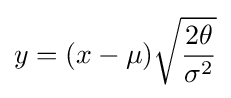
y=(x-\mu ){\sqrt {\frac {2\theta }{\sigma ^{2}}}}